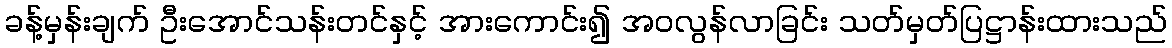
ခန့်မှန်းချက် ဦးအောင်သန်းတင်နှင့် အားကောင်း၍ အဝလွန်လာခြင်း သတ်မှတ်ပြဋ္ဌာန်းထားသည်